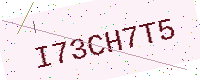
Text: I73CH7T5